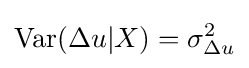
{\text{Var}}(\Delta u|X)=\sigma _{\Delta u}^{2}